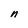
Character: n